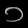
Digit: ၁